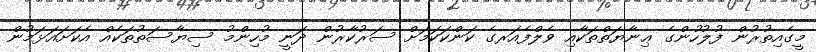
މީގެއިތުރުން ފުލުހުންގެ ޢިނާޔަތްތަކާއި ވެލްފެއަރގެ ކަންކަކަމަށް ސަރުކާރުން ދަނީ މުހިންމު ސިޔާސަތުތަކެއް އެކަށައަޅަމުން